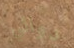
دوائي